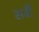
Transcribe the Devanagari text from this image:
सर्वी